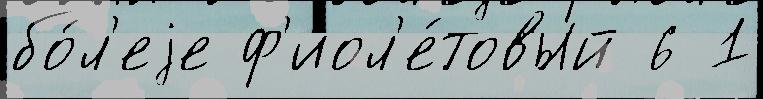
бо́л'еjе ф'иол'е́товый 6 1